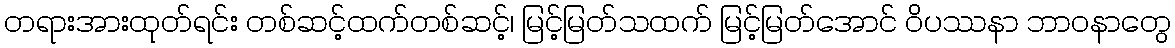
တရားအားထုတ်ရင်း တစ်ဆင့်ထက်တစ်ဆင့်၊ မြင့်မြတ်သထက် မြင့်မြတ်အောင် ဝိပဿနာ ဘာဝနာတွေ